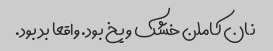
نان کاملن خشک و یخ بود. واقعا بد بود.